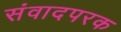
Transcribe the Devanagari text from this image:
संवादपरक